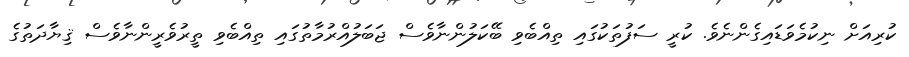
ކުރިއަށް ނިކުމެވަޑައިގެންނެވެ. ކުރީ ސަފުތަކުގައި ތިއްބެވި ބޭކަލުންނާވެސް ޖަބަލުއްރުމާތުގައި ތިއްބެވި ތީރުވެރީންނާވެސް ޤިޔާދަތުގެ